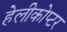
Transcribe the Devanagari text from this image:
हेलीकोप्टर